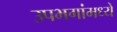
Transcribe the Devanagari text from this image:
उपभगांमध्ये